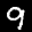
Label: 9